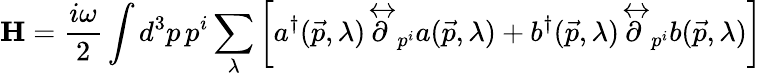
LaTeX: {\mathbf H}=\frac{i\omega}{2}\int d^{3}p\, p^{i}\sum_{\lambda}\left[a^{\dagger}(\vec{p},\lambda)\stackrel{\leftrightarrow}{\partial}_{p^{i}}a(\vec{p},\lambda)+b^{\dagger}(\vec{p},\lambda)\stackrel{\leftrightarrow}{\partial}_{p^{i}}b(\vec{p},\lambda)\right]